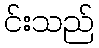
င်းသည်